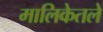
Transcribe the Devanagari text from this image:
मालिकेतले